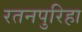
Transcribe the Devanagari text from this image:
रतनपुरिहा